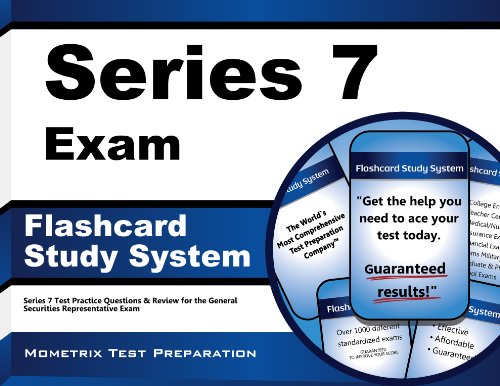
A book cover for Series 7 Exam Flashcard Study System: Series 7 Test Practice Questions & Review for the General Securities Representative Exam (Cards); Series 7 Exam Secrets Test Prep Team; Test Preparation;